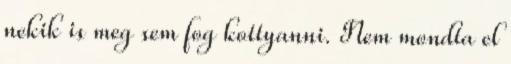
nekik is meg sem fog kottyanni. Nem mondta el